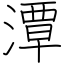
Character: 潭